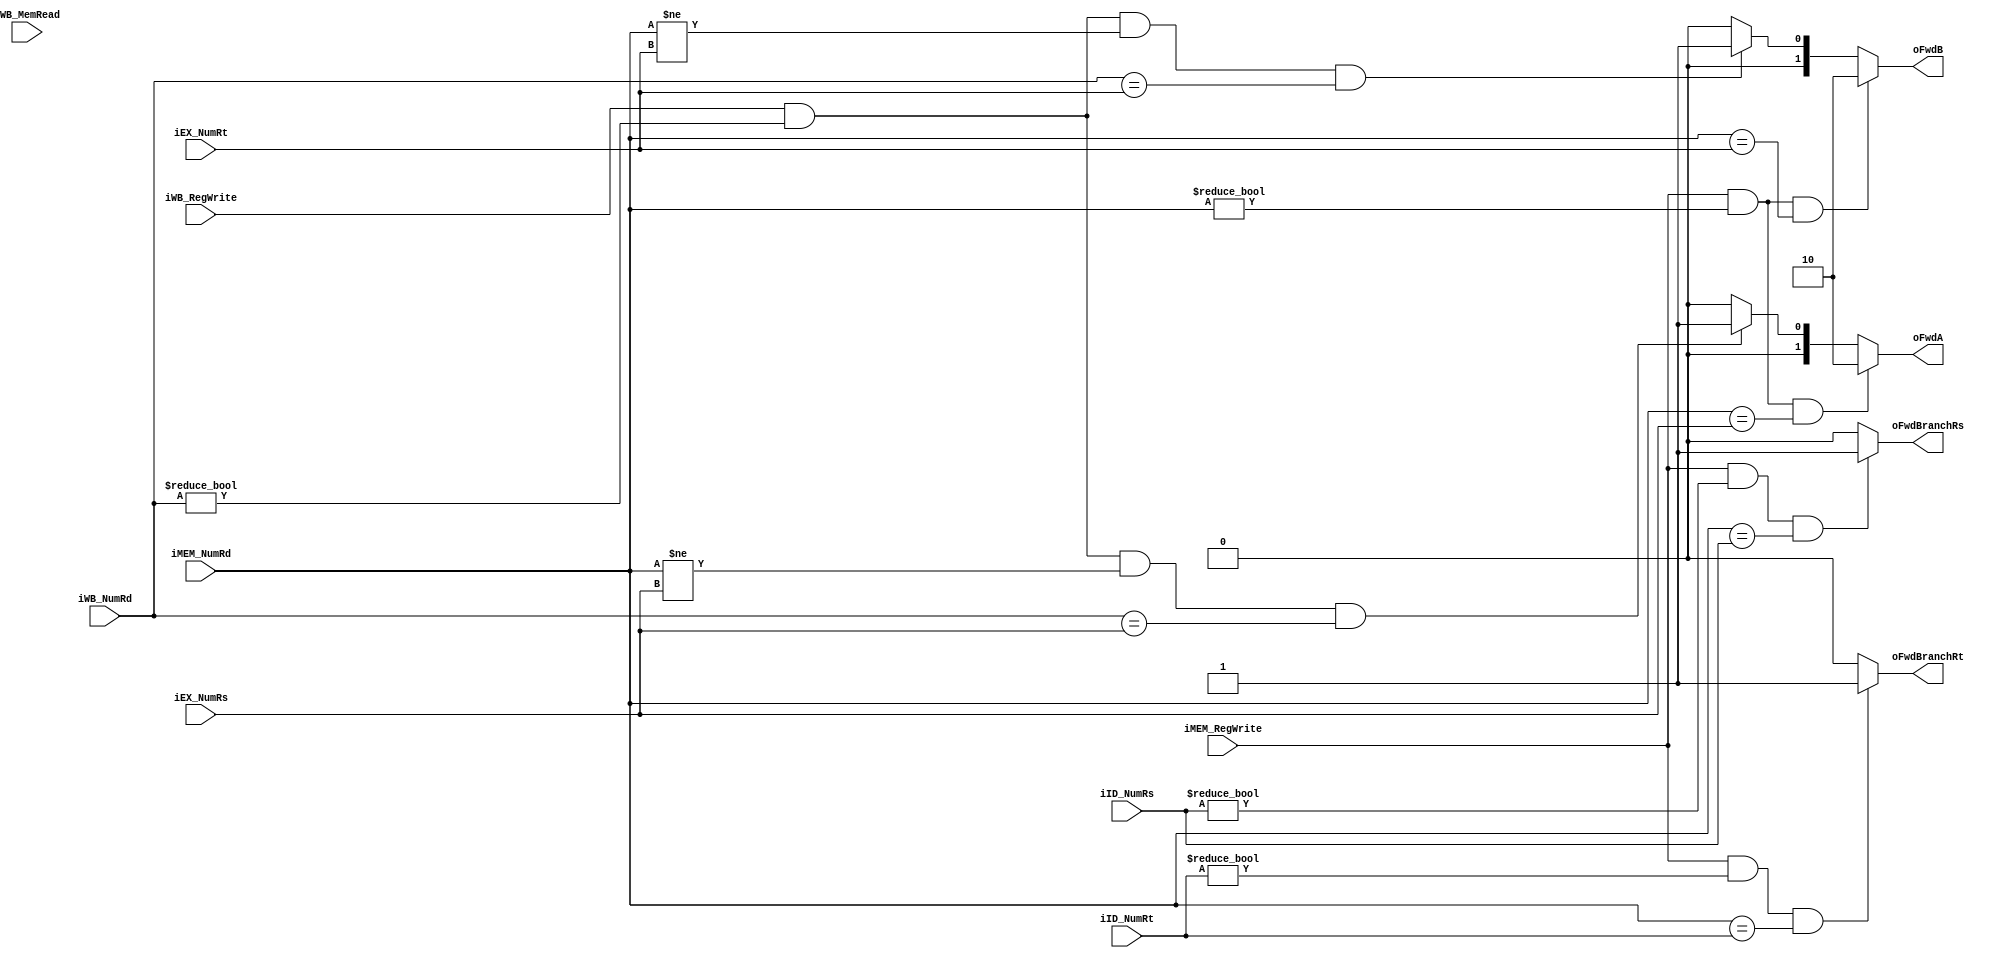
module ForwardUnitM (
	input [4:0] iID_NumRs, iID_NumRt,
	input [4:0] iEX_NumRs, iEX_NumRt,
	input [4:0] iMEM_NumRd, iWB_NumRd,
	input iMEM_RegWrite, iWB_RegWrite, iWB_MemRead,
	output [1:0] oFwdA, oFwdB,
	output oFwdBranchRs, oFwdBranchRt
);
	
	always @(*) begin
		// If MEM_NumRD == WB_NumRD, MEM has priority since it's more recent
		
		// rs
		oFwdA = ((iMEM_RegWrite) && (iMEM_NumRd != 5'b0) && (iMEM_NumRd == iEX_NumRs)) ? 2'b10 // MEM -> EX
		      : ((iWB_RegWrite) && (iWB_NumRd != 5'b0) && (iMEM_NumRd != iEX_NumRs) && (iWB_NumRd == iEX_NumRs)) ? 2'b01 // WB -> EX
          : 2'b00; // no forwarding
		
		// rt
		oFwdB = ((iMEM_RegWrite) && (iMEM_NumRd != 5'b0) && (iMEM_NumRd == iEX_NumRt)) ? 2'b10 // MEM -> WB
          : ((iWB_RegWrite) && (iWB_NumRd != 5'b0) && (iMEM_NumRd != iEX_NumRt) && (iWB_NumRd == iEX_NumRt)) ? 2'b01 // WB -> EX
          : 2'b00; // no forwarding
		
		// MEM -> ID (branch)
		oFwdBranchRs = ( iMEM_RegWrite && (iID_NumRs != 5'b0) && (iMEM_NumRd == iID_NumRs)) ? 1'b1 : 1'b0;
		oFwdBranchRt = ( iMEM_RegWrite && (iID_NumRt != 5'b0) && (iMEM_NumRd == iID_NumRt)) ? 1'b1 : 1'b0;		
	end 
	
endmodule